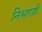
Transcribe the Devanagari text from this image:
निभारही